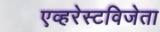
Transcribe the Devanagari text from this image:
एव्हरेस्टविजेता